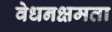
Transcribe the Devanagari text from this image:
वेधनक्षमता